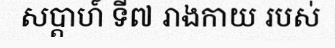
សប្តាហ៍ ទី៧ រាងកាយ របស់